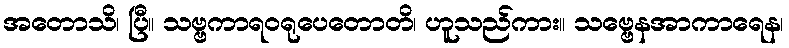
အတောသိ၊ ပြီ။ သဗ္ဗကာရဝရုပေတောတိ၊ ဟူသည်ကား။ သဗ္ဗေနအာကာရေန၊